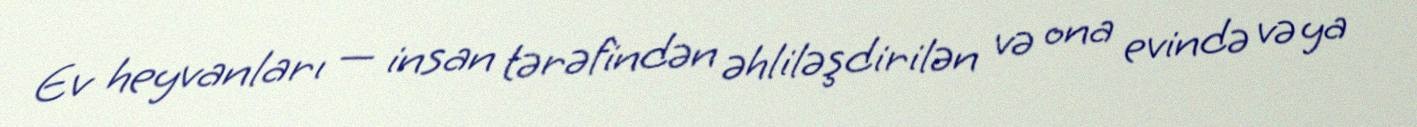
Ev heyvanları — insan tərəfindən əhliləşdirilən və ona evində və ya